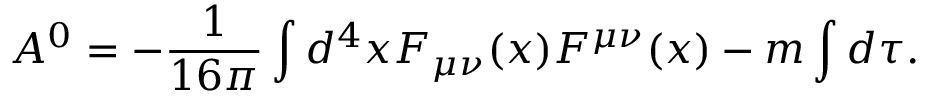
{ \cal A } ^ { 0 } = - \frac { 1 } { 1 6 \pi } \int d ^ { 4 } x F _ { \mu \nu } ( x ) F ^ { \mu \nu } ( x ) - m \int d \tau .